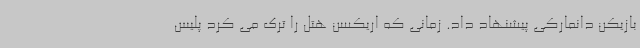
بازیکن دانمارکی پیشنهاد داد. زمانی که اریکسن هتل را ترک می کرد پلیس